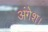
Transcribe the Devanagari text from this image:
अंगेश।